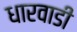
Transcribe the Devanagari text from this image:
धारवाडी